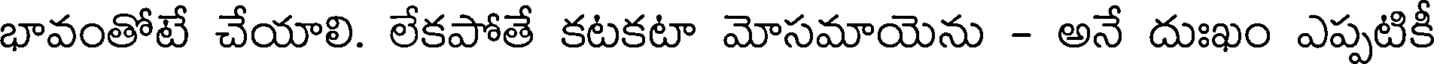
భావంతోటే చేయాలి. లేకపోతే కటకటా మోసమాయెను - అనే దుఃఖం ఎప్పటికీ